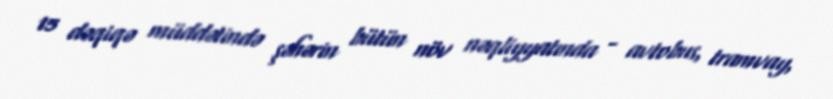
15 dəqiqə müddətində şəhərin bütün növ nəqliyyatında - avtobus, tramvay,